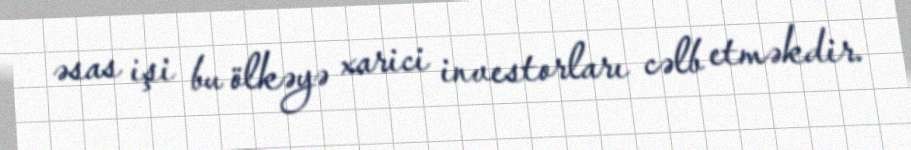
əsas işi bu ölkəyə xarici investorları cəlb etməkdir.